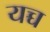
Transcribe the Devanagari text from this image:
यच्च